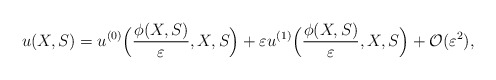
\begin{align*}u(X,S)=u^{(0)}\Big(\frac{\phi(X,S)}{\varepsilon},X,S\Big)+\varepsilon u^{(1)}\Big(\frac{\phi(X,S)}{\varepsilon},X,S\Big)+\mathcal{O}(\varepsilon^2),\end{align*}